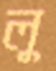
লু